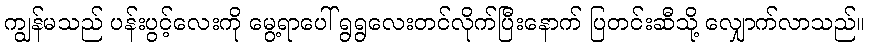
ကျွန်မသည် ပန်းပွင့်လေးကို မွေ့ရာပေါ် ရွရွလေးတင်လိုက်ပြီးနောက် ပြတင်းဆီသို့ လျှောက်လာသည်။